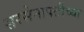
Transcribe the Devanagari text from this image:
सरसेनापतीच्या